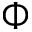
\Phi